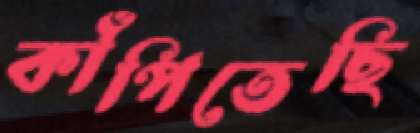
কাঁপিতেছি